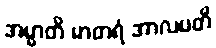
အမ္မာတိ မာတရံ အာလပတိ